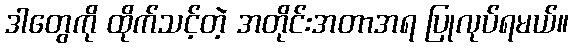
ဒါတွေကို ထိုက်သင့်တဲ့ အတိုင်းအတာအရ ပြုလုပ်ရမယ်။